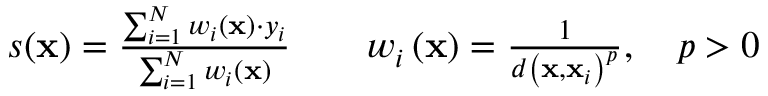
\begin{array} { r l r l } & { s ( \mathbf { x } ) = \frac { \sum _ { i = 1 } ^ { N } w _ { i } \left( \mathbf { x } \right) \cdot y _ { i } } { \sum _ { i = 1 } ^ { N } w _ { i } \left( \mathbf { x } \right) } } & & { w _ { i } \left( \mathbf { x } \right) = \frac { 1 } { d \left( \mathbf { x } , \mathbf { x } _ { i } \right) ^ { p } } , \quad p > 0 } \end{array}